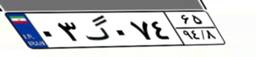
۰۳گ۰۷۴۶۵